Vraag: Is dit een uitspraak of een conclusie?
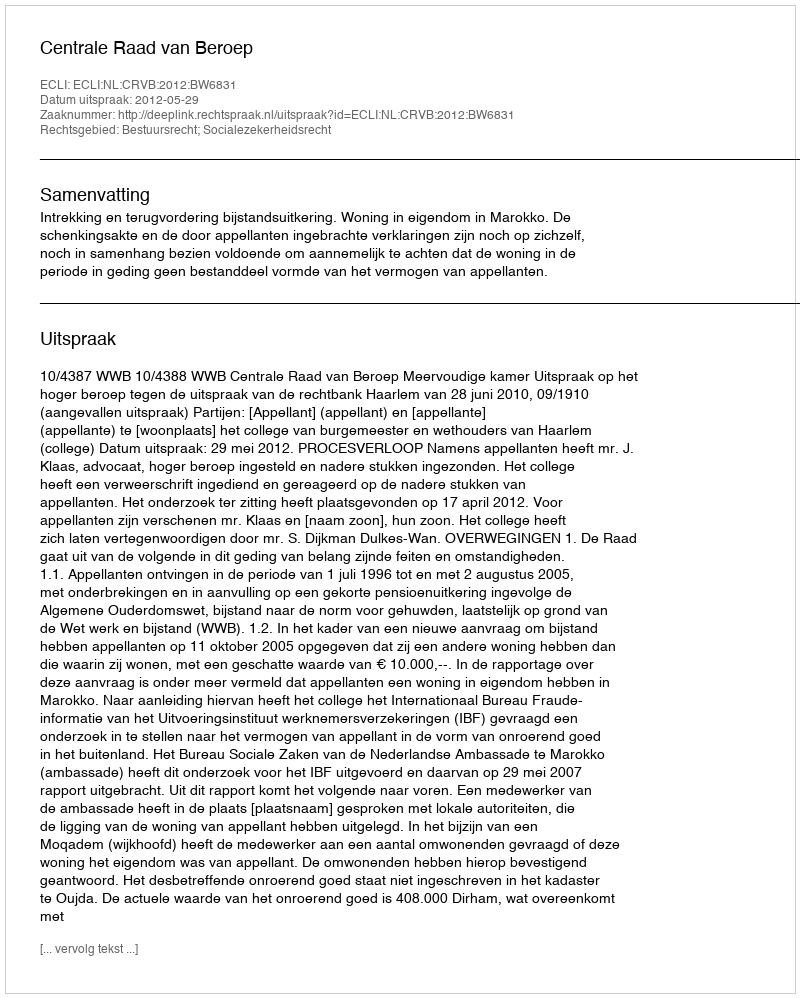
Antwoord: Uitspraak